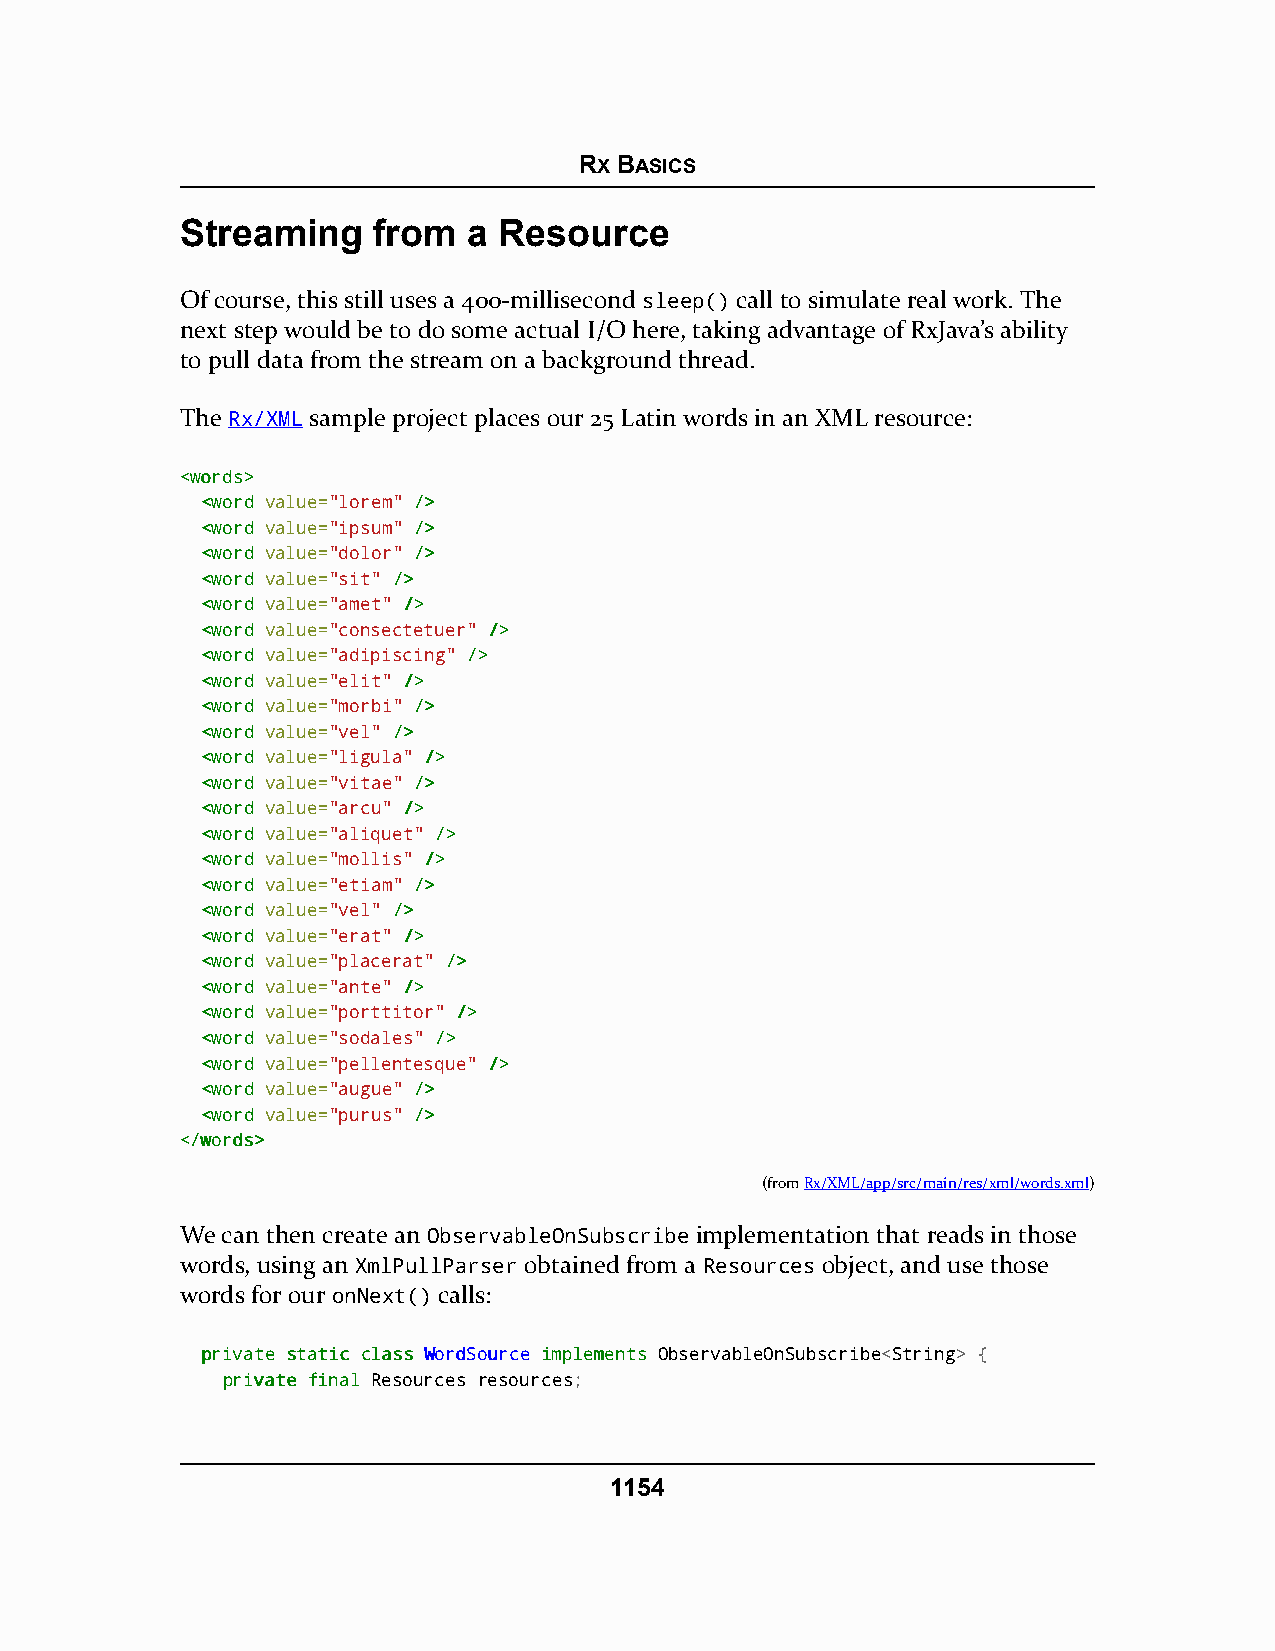
RX BASICS
 Streaming    from  a Resource
 Of course, this still uses a 400-millisecond sleep() call to simulate real work. The
 next step would be to do some actual I/O here, taking advantage of RxJava’s ability
 to pull data from the stream on a background thread.
 The Rx/XML sample project places our 25 Latin words in an XML resource:
 <<wwoorrddss>>
 <<wwoorrdd value="lorem" //>>
 <<wwoorrdd value="ipsum" //>>
 <<wwoorrdd value="dolor" //>>
 <<wwoorrdd value="sit" //>>
 <<wwoorrdd value="amet" //>>
 <<wwoorrdd value="consectetuer" //>>
 <<wwoorrdd value="adipiscing" //>>
 <<wwoorrdd value="elit" //>>
 <<wwoorrdd value="morbi" //>>
 <<wwoorrdd value="vel" //>>
 <<wwoorrdd value="ligula" //>>
 <<wwoorrdd value="vitae" //>>
 <<wwoorrdd value="arcu" //>>
 <<wwoorrdd value="aliquet" //>>
 <<wwoorrdd value="mollis" //>>
 <<wwoorrdd value="etiam" //>>
 <<wwoorrdd value="vel" //>>
 <<wwoorrdd value="erat" //>>
 <<wwoorrdd value="placerat" //>>
 <<wwoorrdd value="ante" //>>
 <<wwoorrdd value="porttitor" //>>
 <<wwoorrdd value="sodales" //>>
 <<wwoorrdd value="pellentesque" //>>
 <<wwoorrdd value="augue" //>>
 <<wwoorrdd value="purus" //>>
 <<//wwoorrddss>>
 (fromRx/XML/app/src/main/res/xml/words.xml)
 We can then create an ObservableOnSubscribe implementation that reads in those
 words, using an XmlPullParser obtained from a Resources object, and use those
 words for our onNext() calls:
 pprriivvaattee ssttaattiicc ccllaassss WWoorrddSSoouurrccee iimmpplleemmeennttss ObservableOnSubscribe<String> {
 pprriivvaattee ffiinnaall Resources resources;
 1154